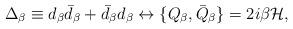
LaTeX: \begin{align*}\Delta_{\beta}\equiv d_{\beta}\bar d_{\beta}+\bar d_{\beta}d_{\beta} \leftrightarrow \{ Q_{\beta},\bar Q_{\beta}\} = 2i\beta {\cal H},\end{align*}